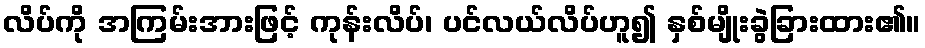
လိပ်ကို အကြမ်းအားဖြင့် ကုန်းလိပ်၊ ပင်လယ်လိပ်ဟူ၍ နှစ်မျိုးခွဲခြားထား၏။